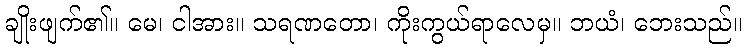
ချိုးဖျက်၏။ မေ၊ ငါအား။ သရဏတော၊ ကိုးကွယ်ရာလေမှ။ ဘယံ၊ ဘေးသည်။